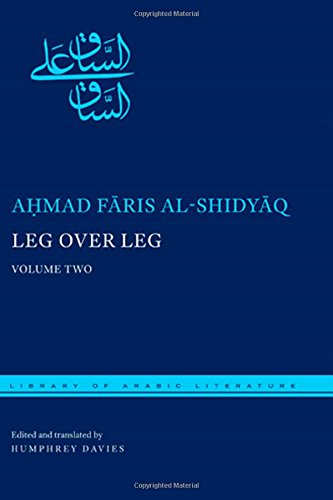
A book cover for Leg over Leg: Volume One (Library of Arabic Literature); Ahmad Faris al-Shidyaq; Literature & Fiction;